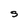
Character: S